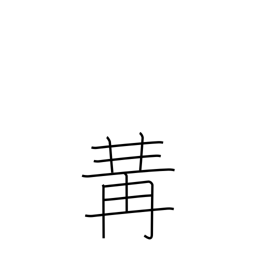
Meaning: put together